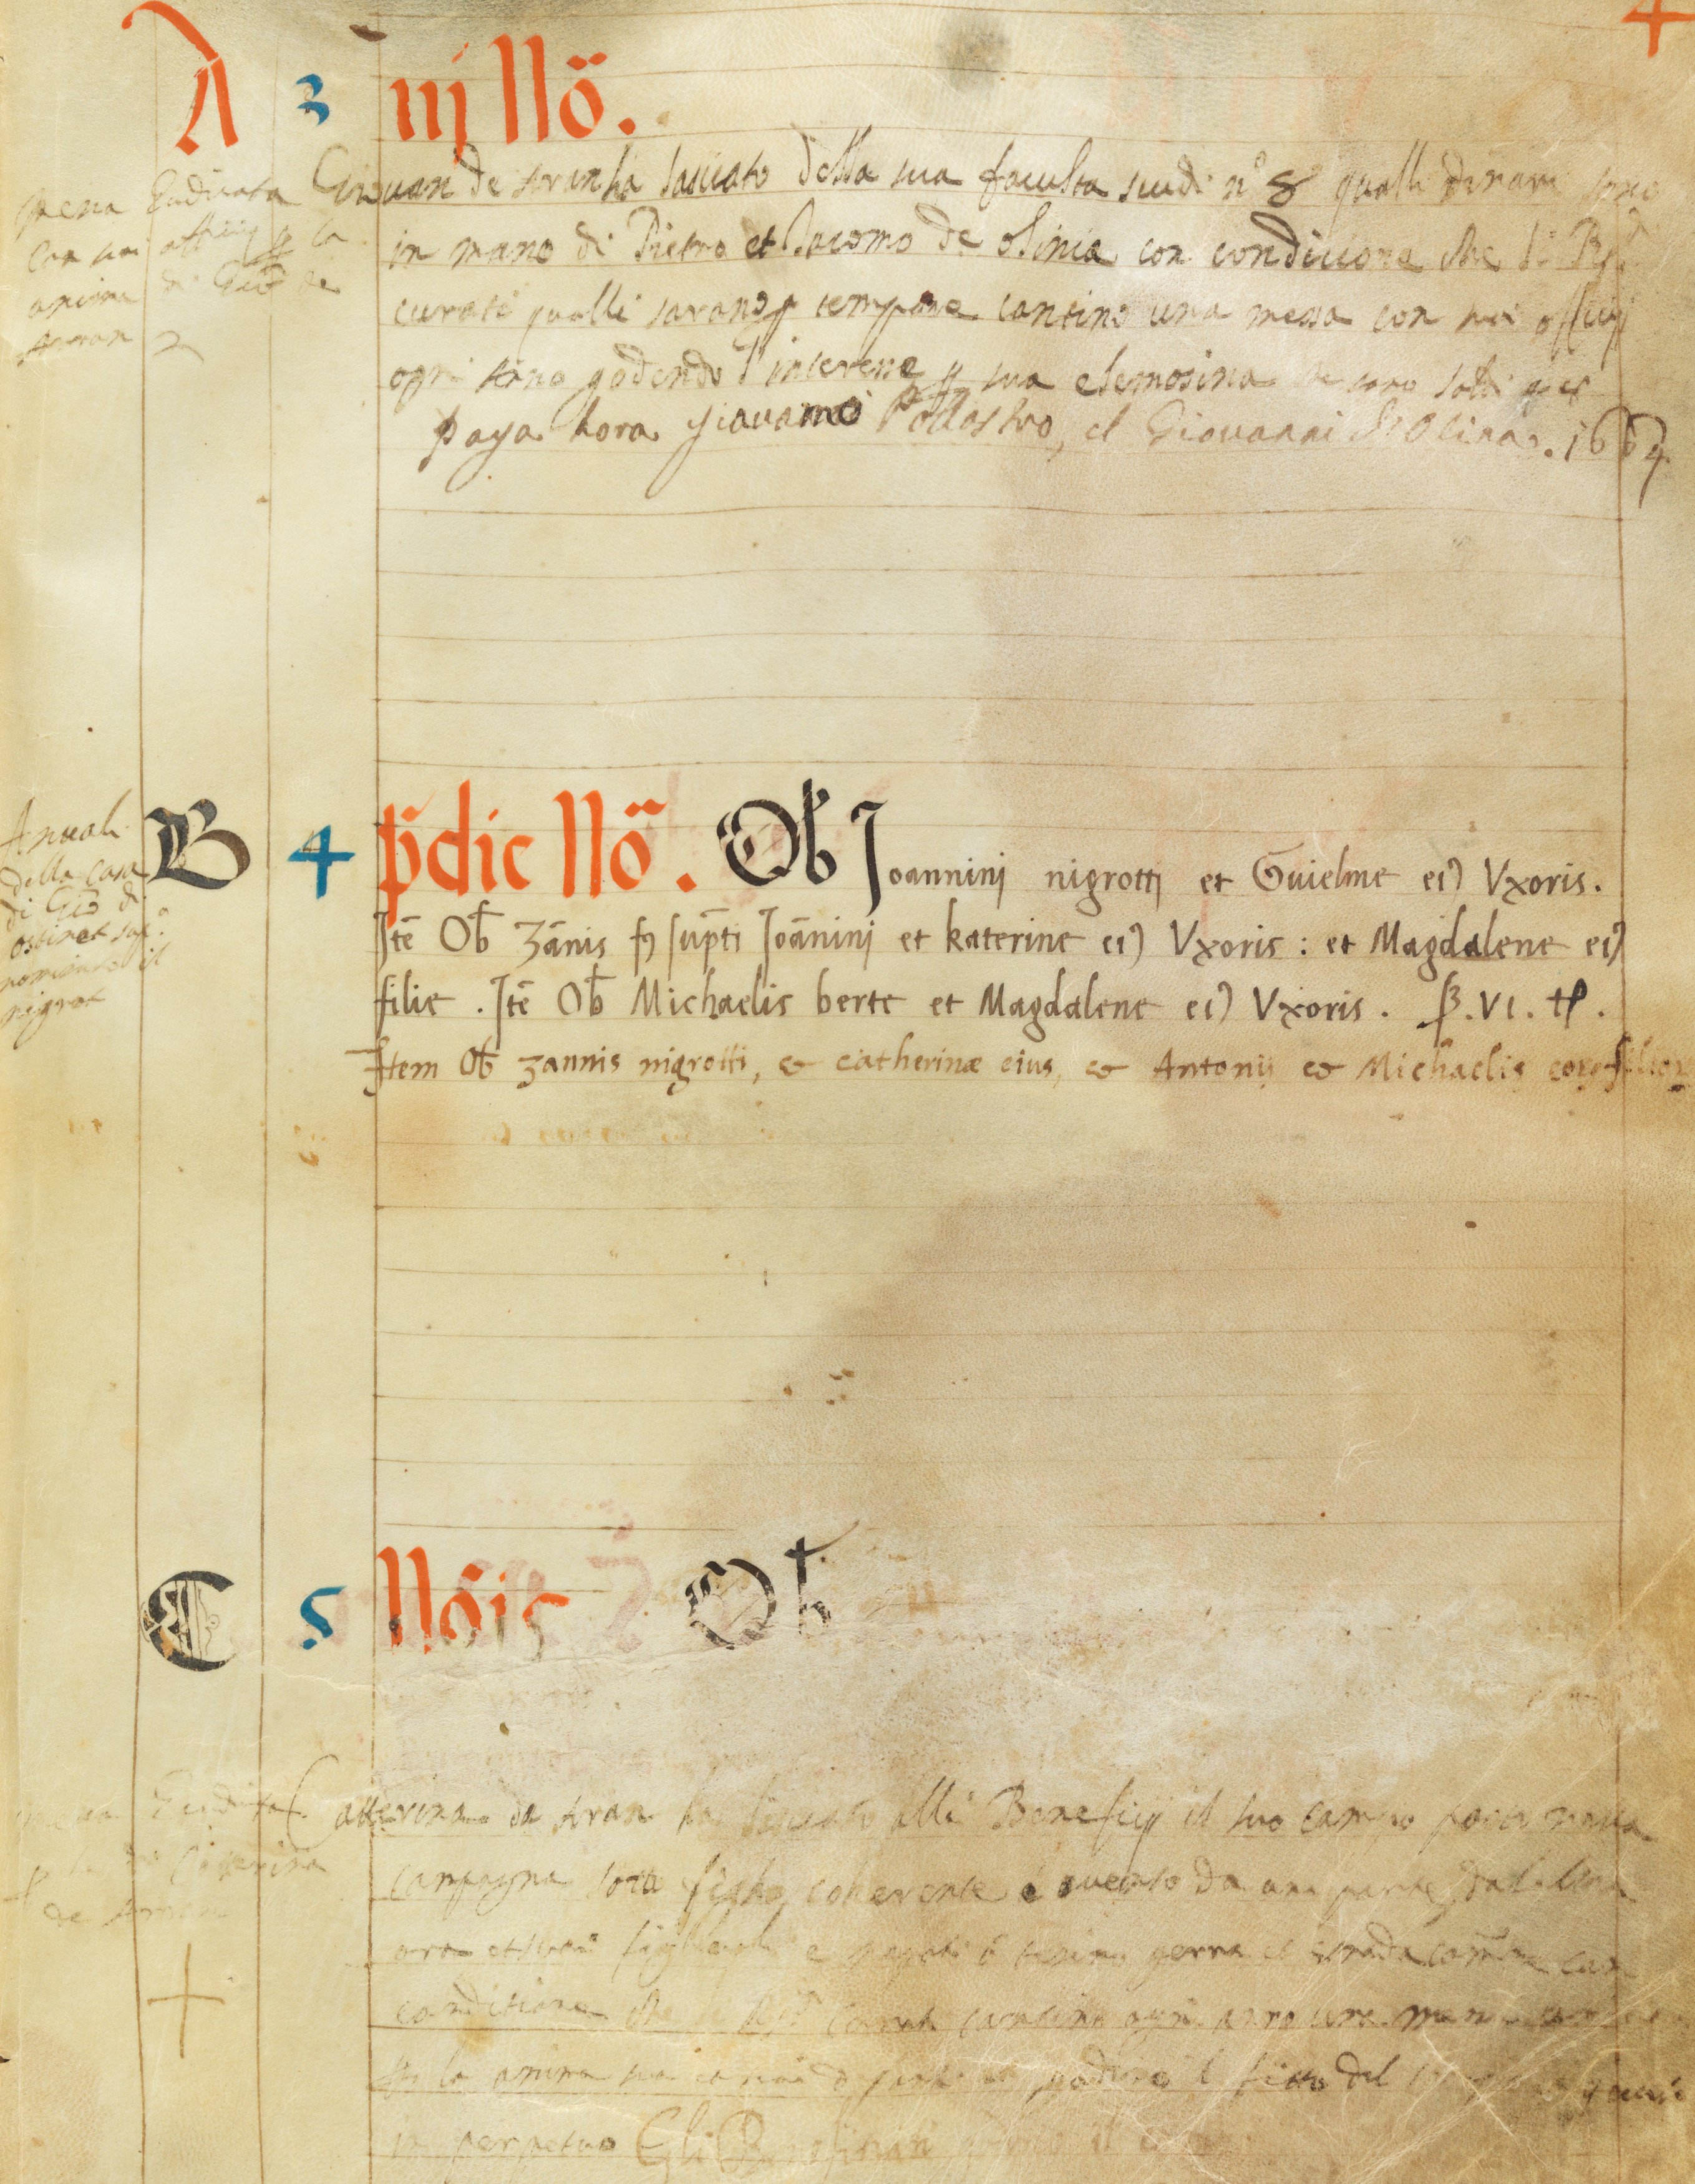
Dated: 1545–1555